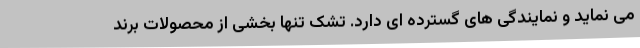
می نماید و نمایندگی های گسترده ای دارد. تشک تنها بخشی از محصولات برند